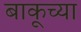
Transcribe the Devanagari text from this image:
बाकूच्या